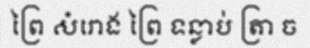
ព្រៃ សំរោង ព្រៃ ទន្លាប់ ត្រា ច